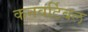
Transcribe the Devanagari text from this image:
कनवर्टिबल